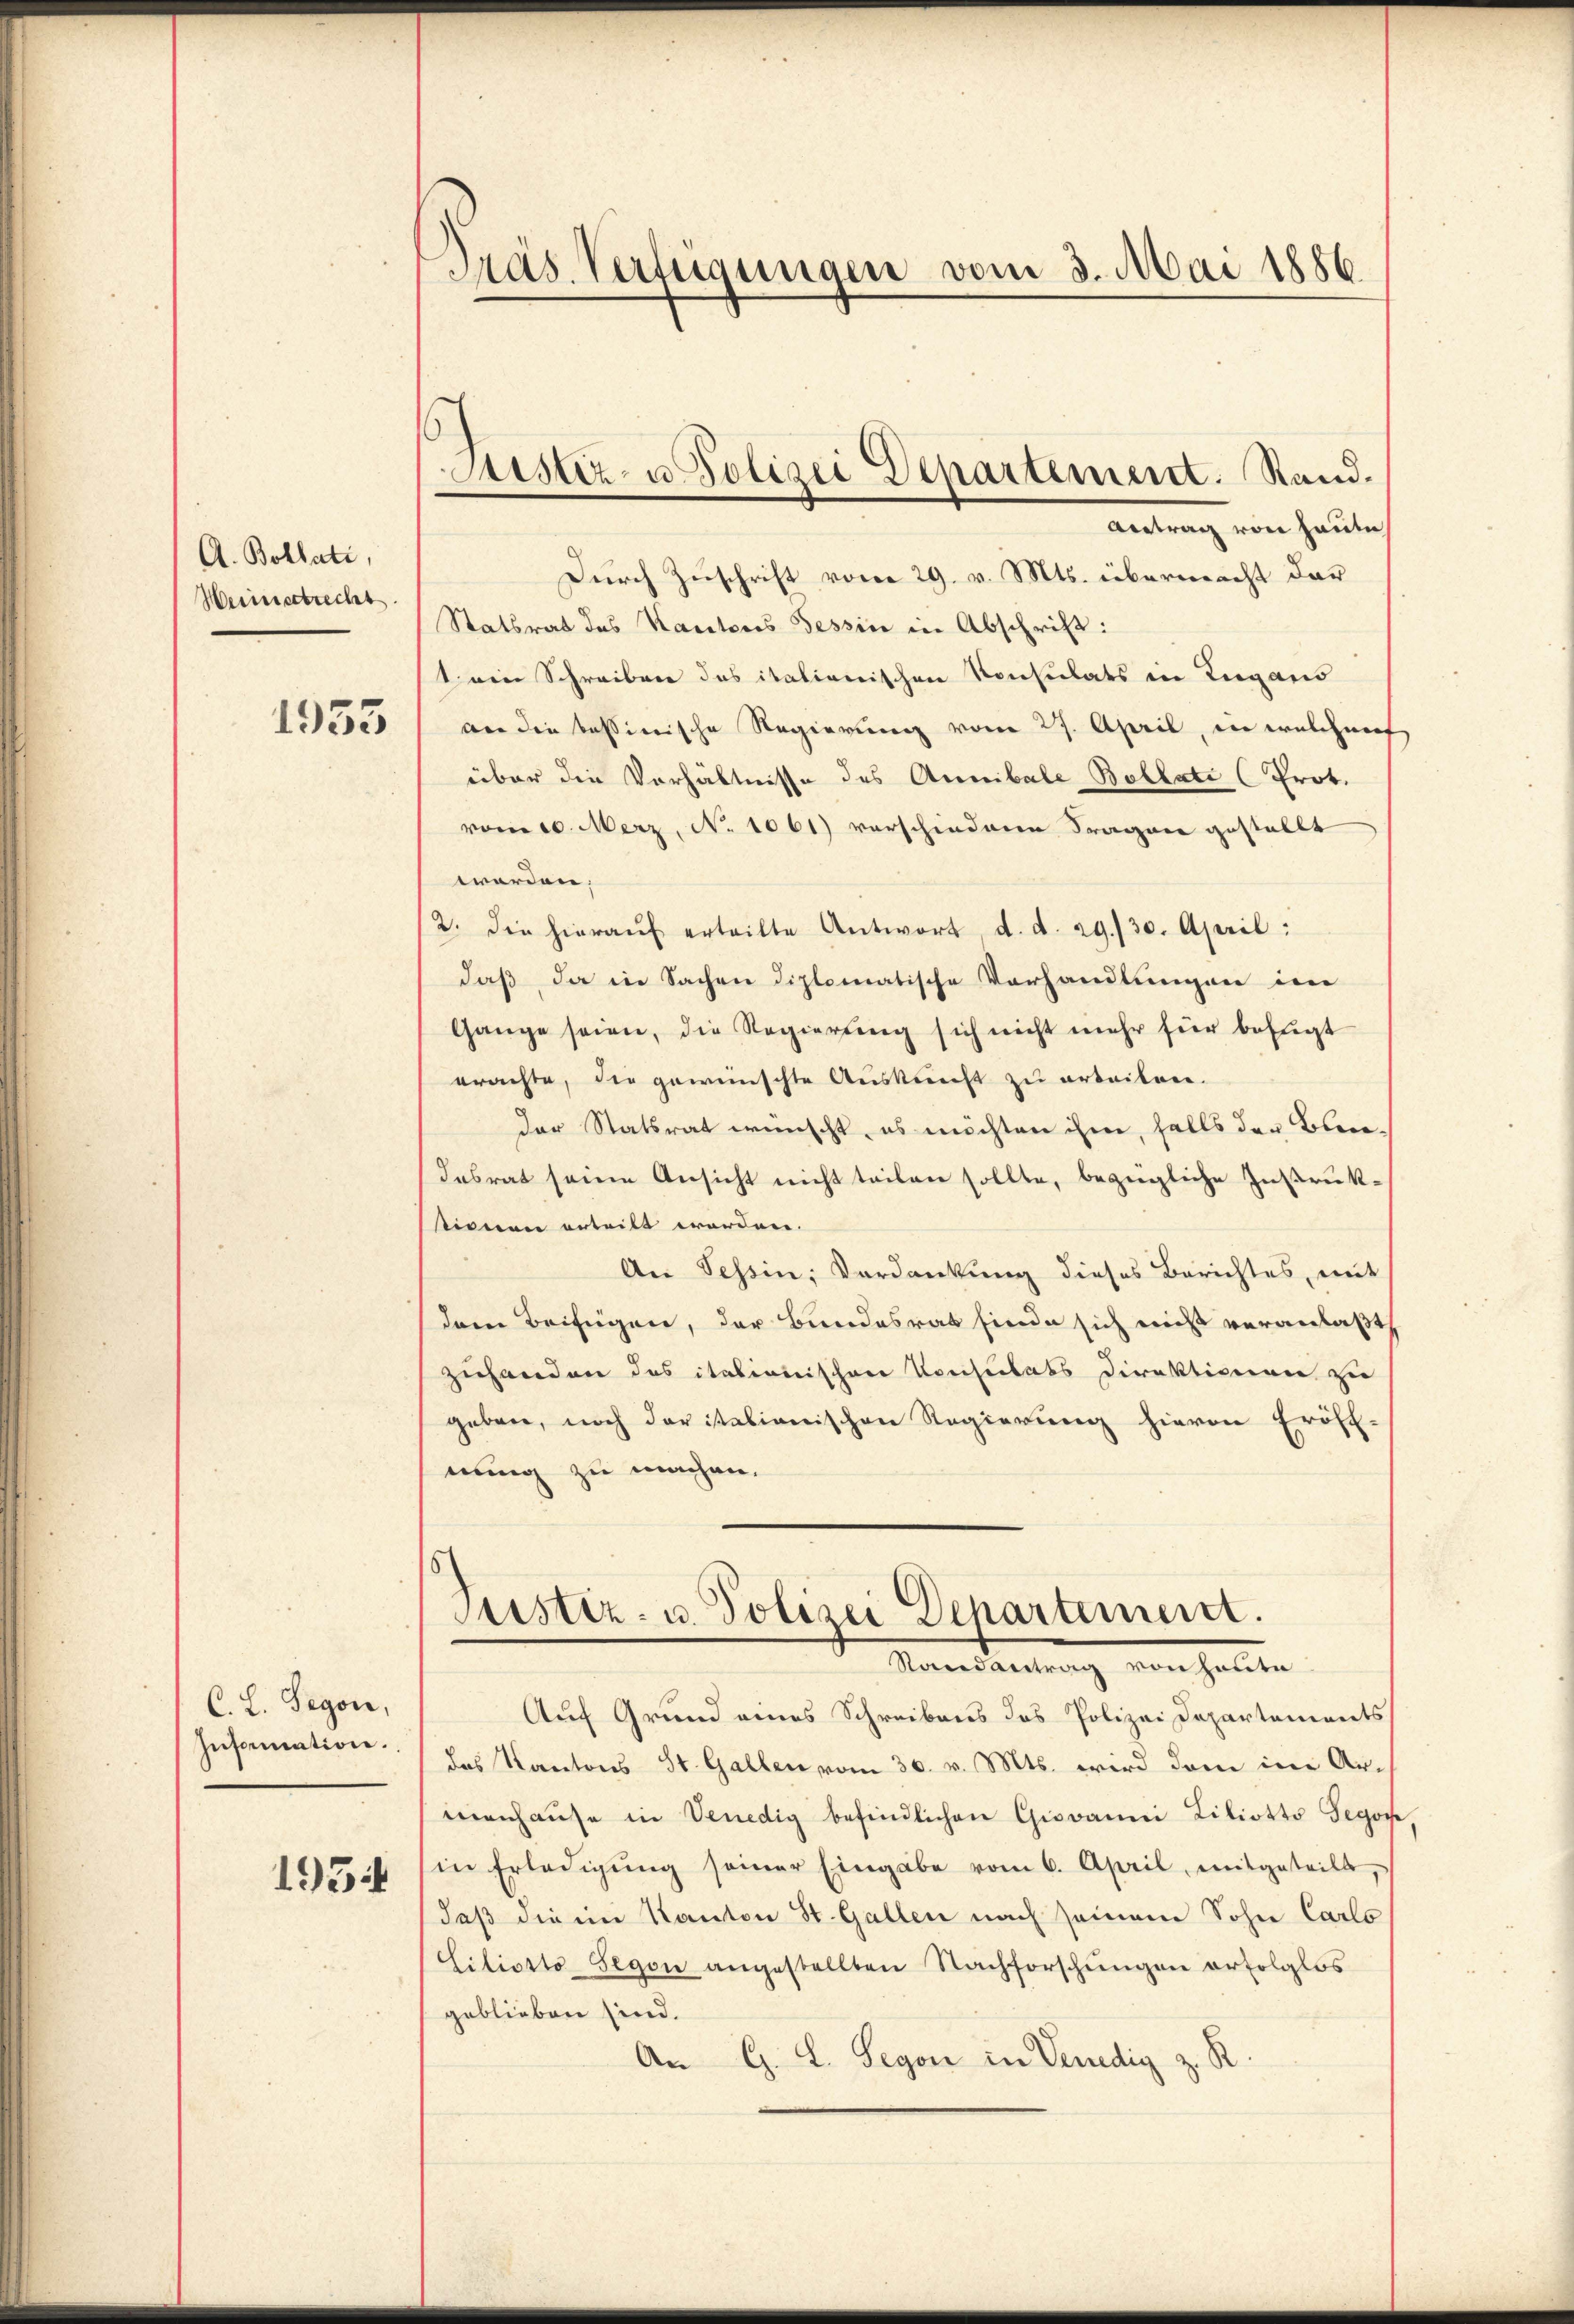
A. Bollati,
Weinstrecht.
1953

C. L. Segen,
Information.
1934

Pras Verfügungen vom 3. Mai 1886

Antrag von heute
Durch Zuschrift vom 29. v. Mts. übermacht dar¬
Statsrat des Kantons Tessin in Abschrift:
t ein Schreiben das italienischen Konsulats in Liegens
ber die kassinische Regierung vom 27. April, in welchnorf
über die Verhältnisse des Annibale Bollati (Prot.
vom 10. Merz, No 1061) verschiedene Fragner gestellt
werden.
2. die hieraŭf erteilte Antwort, d. d. 29./30. April:
daß, da in Sachen diplomatische Vorhandlungen der
Gange seien, die Regierung sich nicht mehr für befugt
erachte, die gewünschte Auskunft zu arbeilen.
der Statsrat wünscht, es möchten ihm, falls der Bleidesrat seine Ansicht nicht teilen sollte, bezügliche Instruktionen erteilt worden.
Ae Tessin, Verdankung dieses Berichtes, mit
dem Beifügen, der Bundesrat finde sich nicht veranlaßt
zuhanden des italionischen Konsulats Direktionen zu
geben, noch der italienischen Regierung hievon Eröff-
nung zu machen.

Sistiz- u. Polizei Departement. Rand.

Justiz- u. Polizei Departement.
Mandantung von halten

Auf Grund eines Schreibens das Polizei Departements
das Kantons St. Gallen vom 30. v. Mts. wird dem in Armenhaŭse in Venedig befindlichen Giovanni Liliotto Tegoc
in Erledigŭng seiner Eingabe vom 6. April, mitgeteilt,
daß die im Kanton St. Gallen nach seinem Sohn Carlo
Ciliotto Segen angestellten Nachforschŭngen erfolglos
geblieben sind.
An G. L. Segen in Venedig z. R.